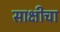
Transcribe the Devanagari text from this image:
साक्षीचा